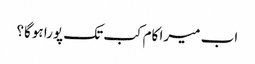
اب میرا کام کب تک پورا ہوگا؟